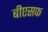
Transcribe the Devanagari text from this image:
बीएसफ